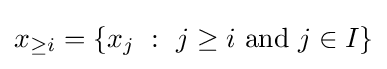
x_{\geq i}=\left\{x_{j}~:~j\geq i{\text{ and }}j\in I\right\}